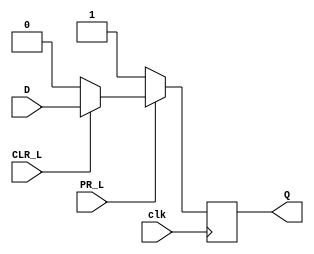
module Dffpc(clk, PR_L, CLR_L, D, Q);
    input D, clk, PR_L, CLR_L;
    output Q;
    reg Q;

    always @(posedge clk)
        if(PR_L == 0)   Q = 1;
        else if (CLR_L == 0)    Q <= 0;
        else Q <= D;

endmodule